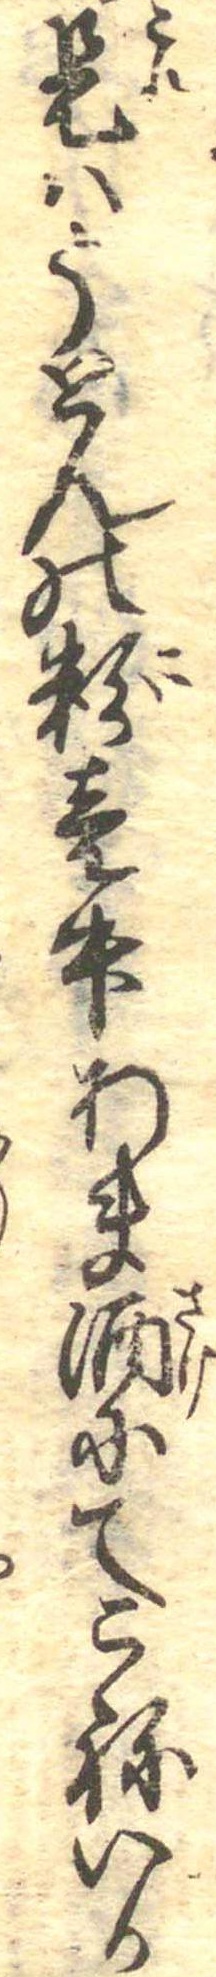
是はうとんの粉壱升あま酒にてこねいか